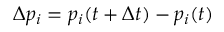
\Delta p _ { i } = p _ { i } ( t + \Delta t ) - p _ { i } ( t )